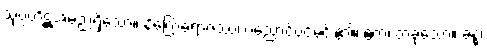
သုပ္ပတိဋ္ဌအမည်ရှိသော။ နိဂြောဓရာဇဿ၊ ပညောင်ပင်မင်း၏။ ဧကံ၊ တခုသော။ ခန္ဓံ၊